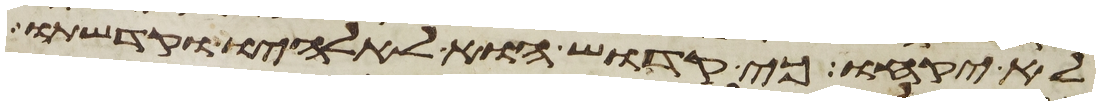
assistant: לא יקחו כי קדוש הוא לאלהיו וקדשתו